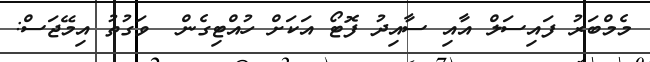
މެމްބަރު ފައިސަލް އާއި ސާއިދު ފޮޓޯ އަކަށް ހުއްޓިގެން  ވަގުތު އިމޭޖަސް: